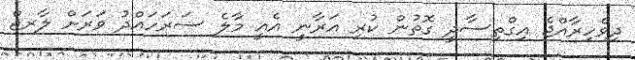
ދިވެހިރާއްޖެ އިގްތިސާދީ ގޮތުން ކުރި އަރާނީ އެއީ މާލެ ސަރަހައްދު ވަރަށް ލާރޖް